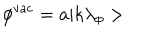
LaTeX: \phi ^ { \textrm { v a c } } = a | k \lambda _ { \phi } >